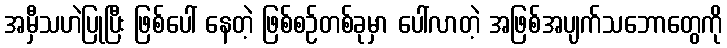
အမှီသဟဲပြုပြီး ဖြစ်ပေါ် နေတဲ့ ဖြစ်စဉ်တစ်ခုမှာ ပေါ်လာတဲ့ အဖြစ်အပျက်သဘောတွေကို